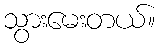
သွားမေးတယ်။